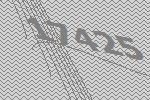
17425